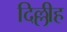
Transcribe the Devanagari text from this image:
दिल्लीह